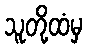
သူတို့ထံမှ